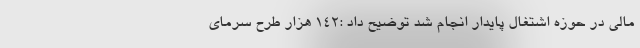
مالی در حوزه اشتغال پایدار انجام شد توضیح داد :۱۴۲ هزار طرح سرمای